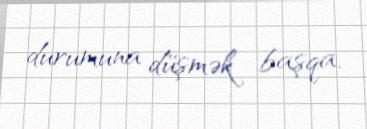
durumuna düşmək başqa.